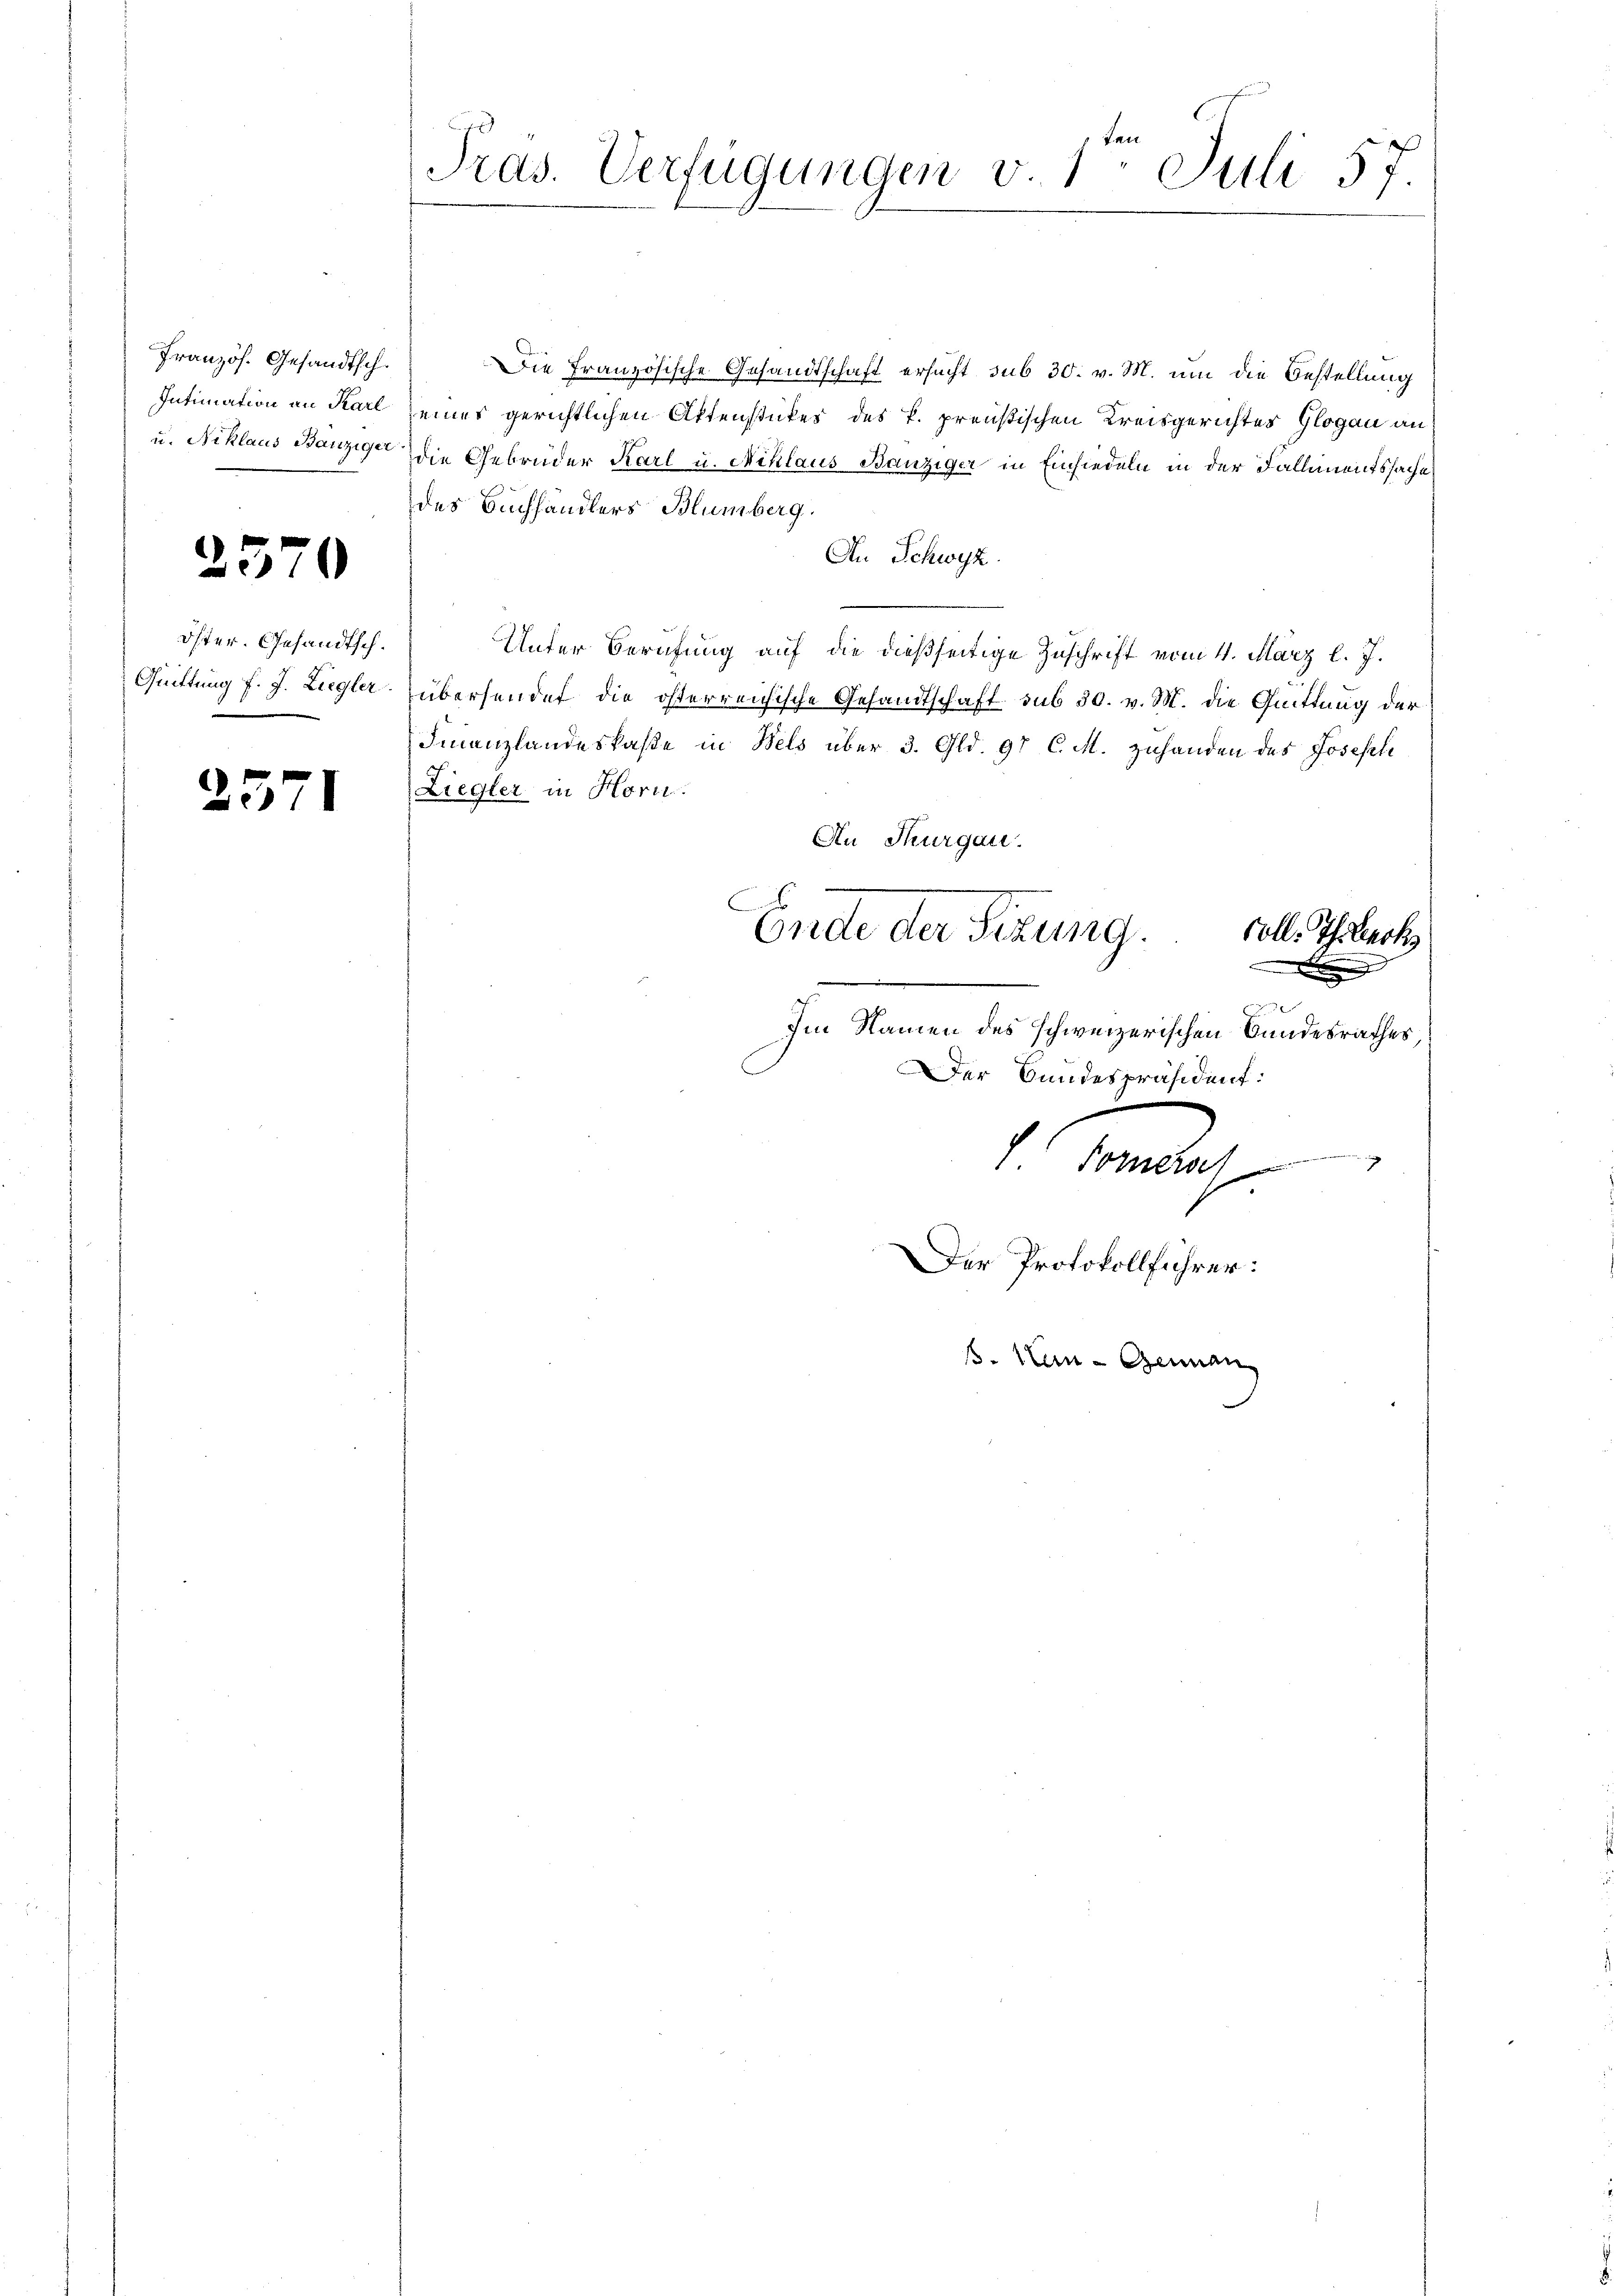
Französ. Gesandtsch.

2570

öster. Gesandtsch.

2571

tan
Präs. Verfügungen v. 1. Juli 57.

Die Französische Gesandtschaft ersucht sub 30. v. M. um die Bestellung
Intimation an Karl eines gerichtlichen Aktenstückes des k. preußischen Kreisgerichtes Glogau an
u. Niklaus Bänzige die Gebrüder Karl u. Niklaus Banziger in Einsiedeln in der Fallimentssache
des Buchhandlers Blümberg.
An Schwyz.
Unter Berufung auf die dießseitige Zuschrift vom 11. März l. J.
Quittung f. J. Ziegler übersendet die österreichische Gesandtschaft sub 30. v. M. die Quittung der
Finanzlandeskasse in Bels über 3. Gld. 97 C. M. zuhanden des Joseph
Liegler in Horn.
An Thurgau.
.
Ende der Sizung.
Coll. Th. Lack
¬
x
e
e

Im Namen des schweizerischen Bandesrathes,
Der Bundespräsident:
.
Forneros
Der Protokollführer:
s. in Genan